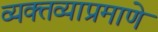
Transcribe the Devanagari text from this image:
व्यक्तव्याप्रमाणे